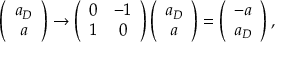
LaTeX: \left( \begin{array} { c } { { a _ { D } } } \\ { { a } } \end{array} \right) \rightarrow \left( \begin{array} { c c } { { 0 } } & { { - 1 } } \\ { { 1 } } & { { 0 } } \end{array} \right) \left( \begin{array} { c } { { a _ { D } } } \\ { { a } } \end{array} \right) = \left( \begin{array} { c } { { - a } } \\ { { a _ { D } } } \end{array} \right) ,